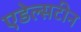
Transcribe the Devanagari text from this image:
एडेल्सटीन